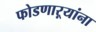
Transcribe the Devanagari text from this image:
फोडणाऱ्यांना